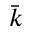
\bar { k }